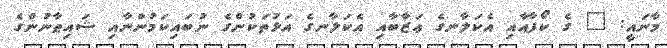
މާނައީ: " ގެ ކޯފާއާއި އެކަލާނގެ ޢަޒާބާއި އެކަލާނގެ އަޅުތަކުންގެ ނުބައިކަމުންނާއި ޝައިޠާނުންގެ